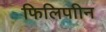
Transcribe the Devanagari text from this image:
फिलिपाीन